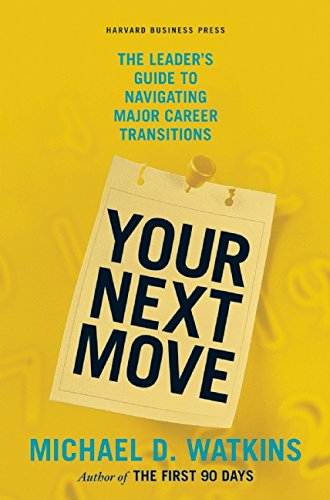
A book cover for Your Next Move: The Leader's Guide to Navigating Major Career Transitions; Michael Watkins; Business & Money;